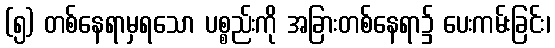
(၅) တစ်နေရာမှရသော ပစ္စည်းကို အခြားတစ်နေရာ၌ ပေးကမ်းခြင်း၊